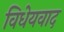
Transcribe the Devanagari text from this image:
विधेयवाद